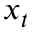
x _ { t }